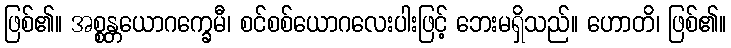
ဖြစ်၏။ အစ္စန္တယောဂက္ခေမီ၊ စင်စစ်ယောဂလေးပါးဖြင့် ဘေးမရှိသည်။ ဟောတိ၊ ဖြစ်၏။